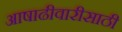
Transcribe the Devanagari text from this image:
आषाढीवारीसाठी